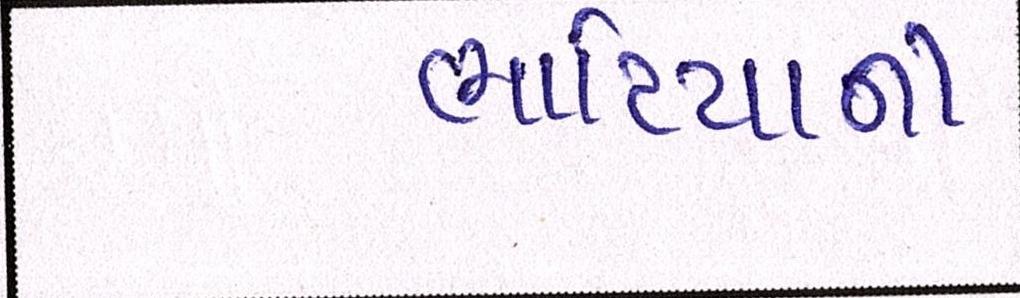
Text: ભાટીયાની